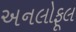
અનલોફૂલ